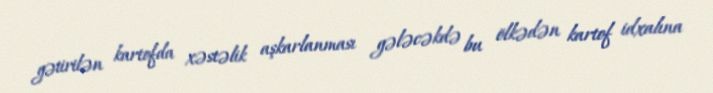
gətirilən kartofda xəstəlik aşkarlanması gələcəkdə bu ölkədən kartof idxalına